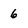
Character: 6